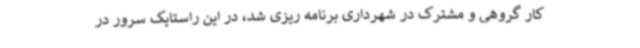
کار گروهی و مشترک در شهرداری برنامه ریزی شد، در این راستایک سرور در